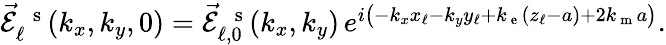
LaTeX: \begin{array}{r}{\vec{\mathcal{E}}_{\ell}^{\mathrm{~\, ~s~}}(k_{x},k_{y},0)=\vec{\mathcal{E}}_{\ell,0}^{\mathrm{~\, ~s~}}(k_{x},k_{y})\, e^{i\left(-k_{x}x_{\ell}-k_{y}y_{\ell}+k_{\mathrm{~e~}}(z_{\ell}-a)+2k_{\mathrm{~m~}}a\vphantom{b^{2}}\right)}.}\end{array}